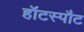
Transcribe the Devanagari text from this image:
हॉटस्‍पौट